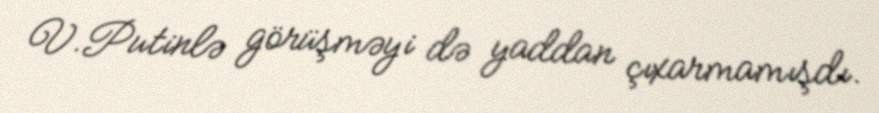
V.Putinlə görüşməyi də yaddan çıxarmamışdı.